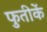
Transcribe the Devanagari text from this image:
फुतीकें